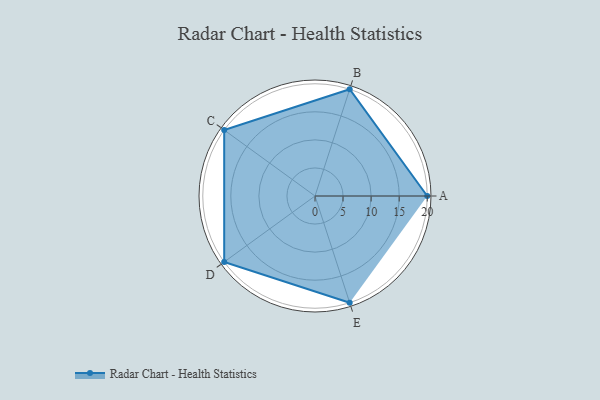
{"axis": {"x": "Skill", "y": "Score"}, "legend": ["Profile"], "data": [{"x": "A", "y": 20, "type": "Profile"}, {"x": "B", "y": 20, "type": "Profile"}, {"x": "C", "y": 20, "type": "Profile"}, {"x": "D", "y": 20, "type": "Profile"}, {"x": "E", "y": 20, "type": "Profile"}]}